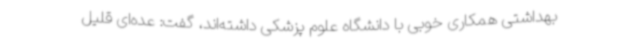
بهداشتی همکاری خوبی با دانشگاه علوم پزشکی داشته‌اند، گفت: عده‌ای قلیل